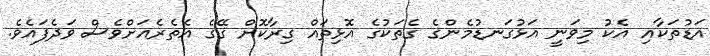
އަަޑުތަކާއި އެކު މިވަނީ އަޅުގަނޑުމެންގެ ގެތަކުގެ އޮޅިތައް ގިރާކޮށް ގޭގެ އެތެރެއަށްވެސް ވަދެފައެވެ.